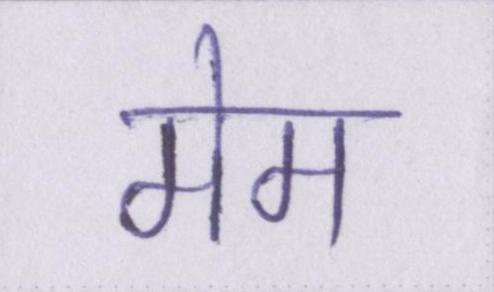
मेम